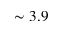
\sim 3 . 9